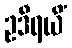
ဥဒီရယိံ